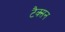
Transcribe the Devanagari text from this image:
टैक्सन